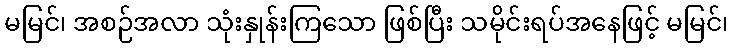
မမြင်၊ အစဉ်အလာ သုံးနှုန်းကြသော ဖြစ်ပြီး သမိုင်းရပ်အနေဖြင့် မမြင်၊